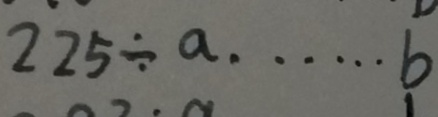
2 2 5 \div a \cdots b